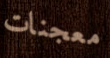
معجنات